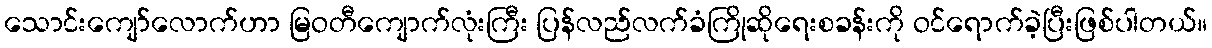
သောင်းကျော်လောက်ဟာ မြဝတီကျောက်လုံးကြီး ပြန်လည်လက်ခံကြိုဆိုရေးစခန်းကို ဝင်ရောက်ခဲ့ပြီးဖြစ်ပါတယ်။